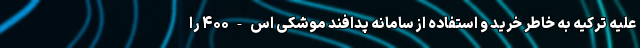
علیه ترکیه به خاطر خرید و استفاده از سامانه پدافند موشکی اس-۴۰۰ را